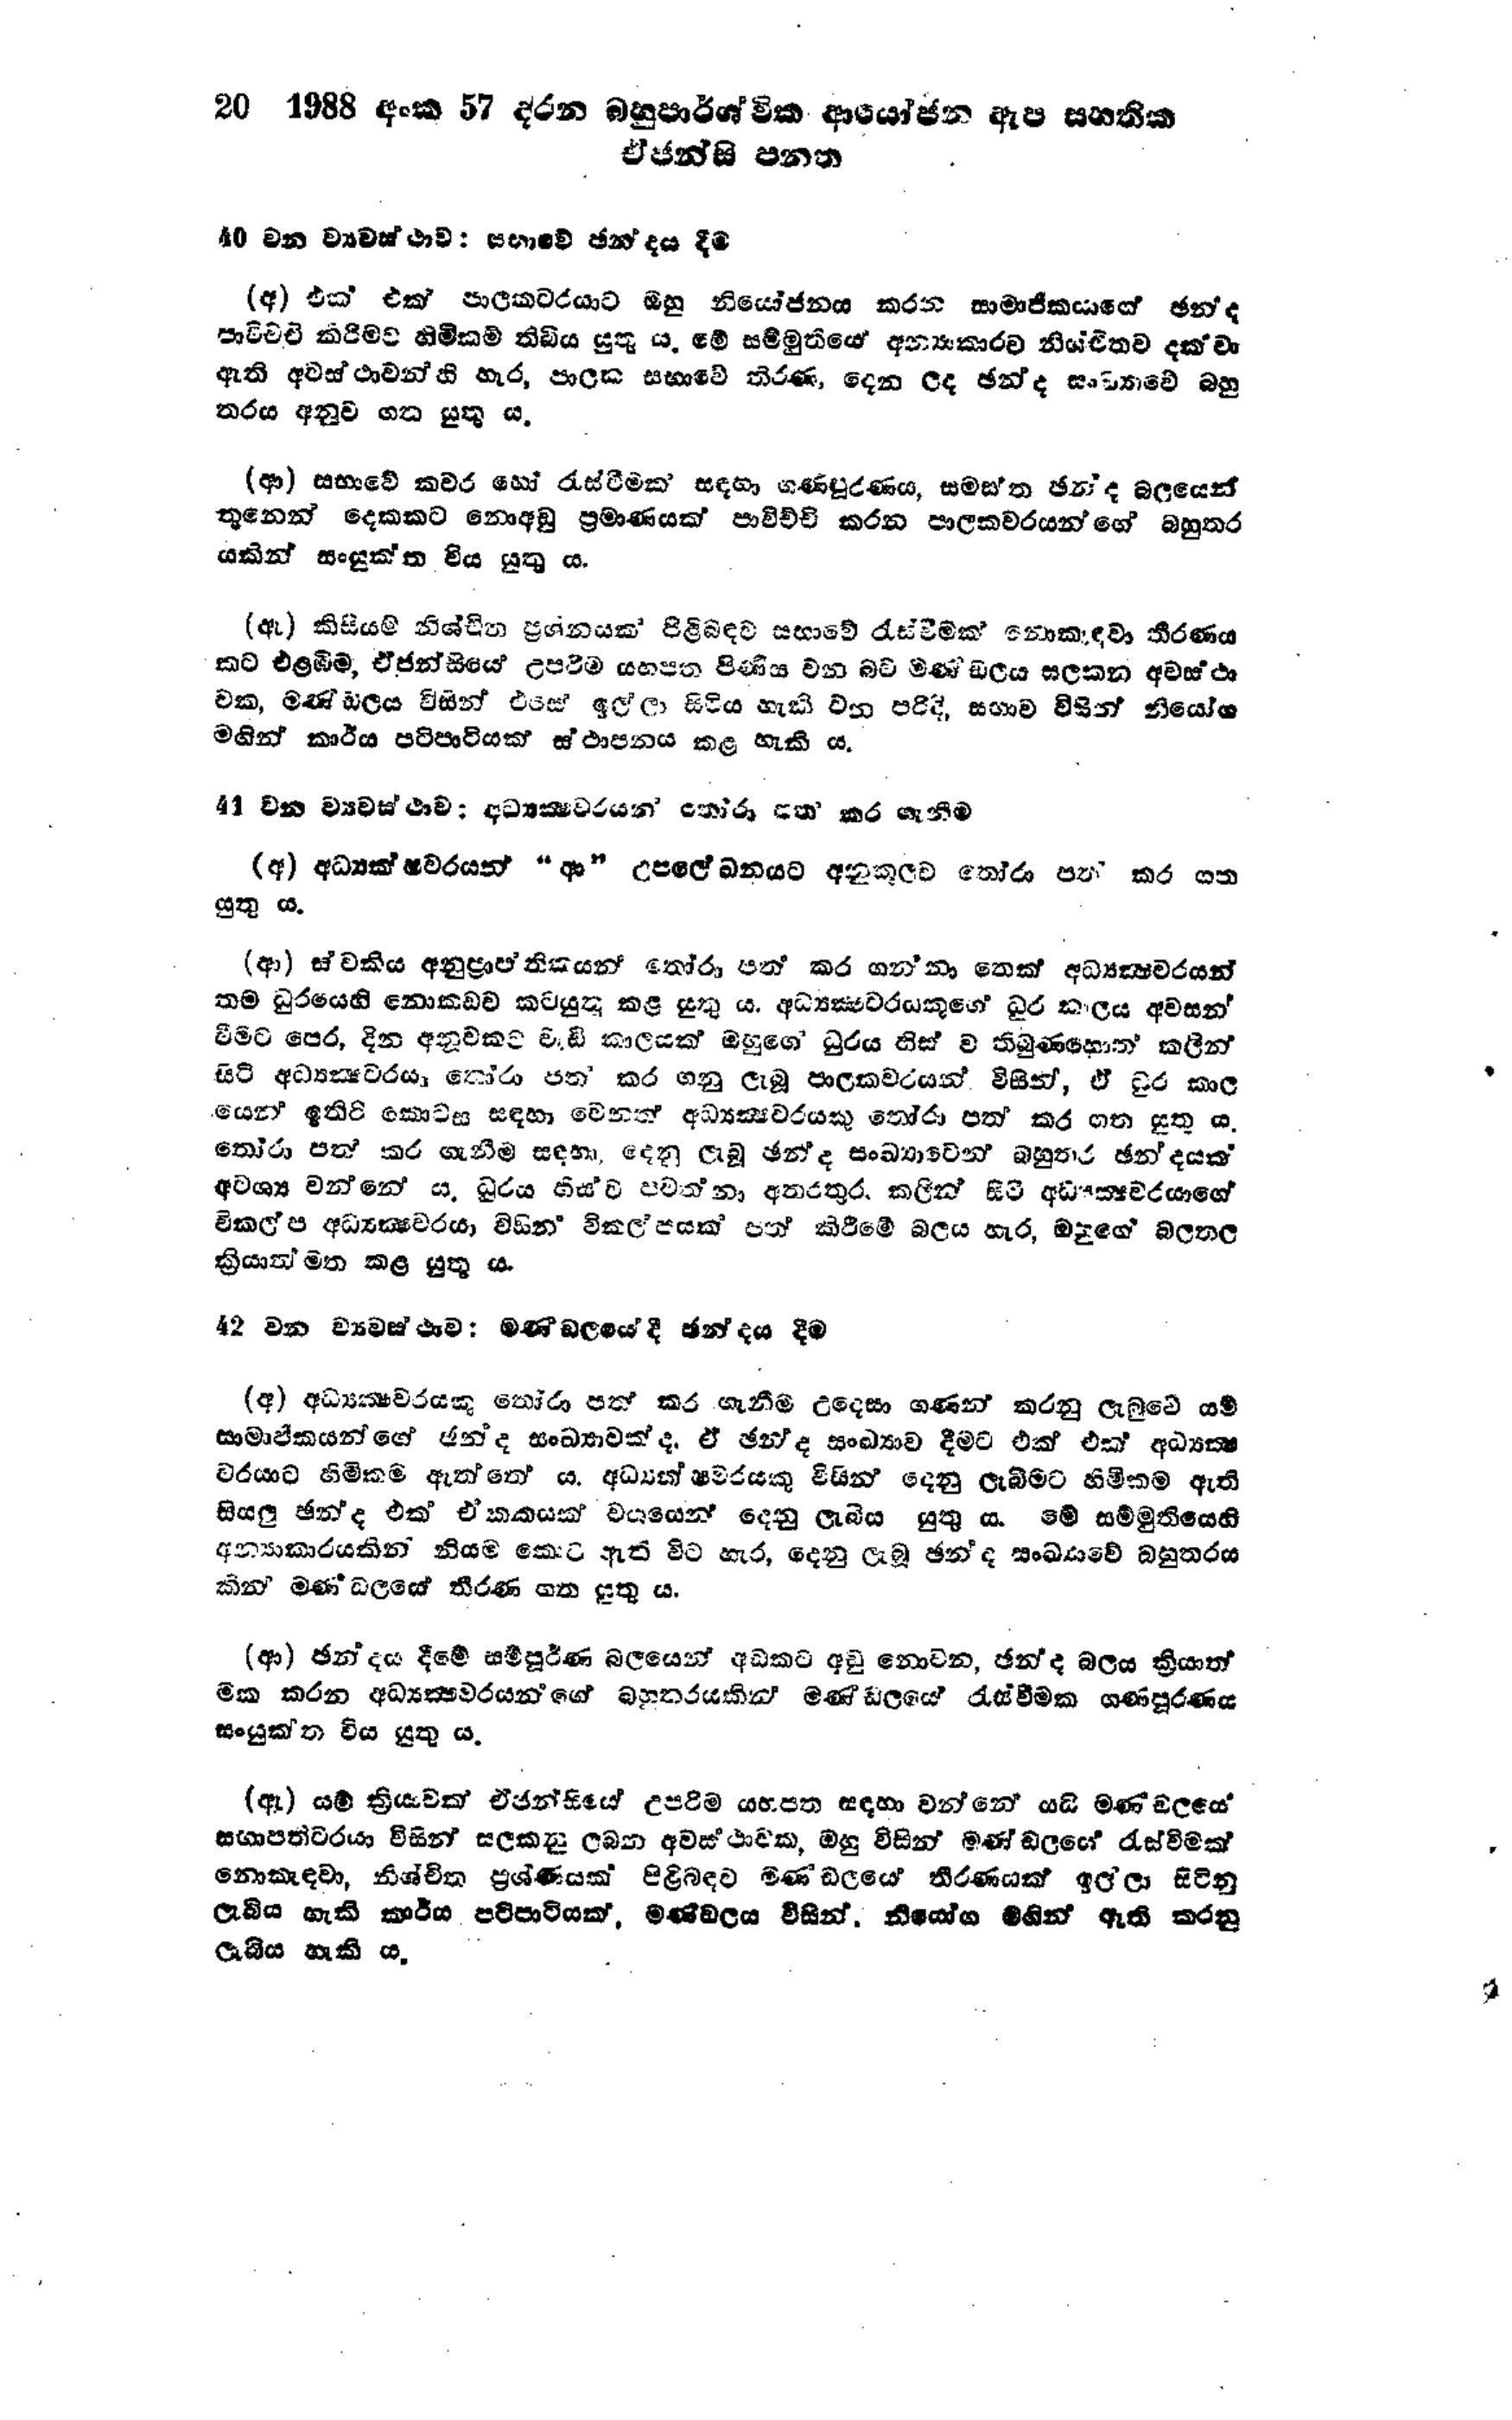
20 1988 අංක 57 දරන බහුපාර්ශ්වික ආයෝජන ඇප සහතික
ඒජන්සි පනත

40 වන ව්‍යවස්ථාව : සභාවේ ඡන්දය දීම

(අ) එක් එක් පාලකවරයාට ඔහු නියෝජනය කරන සාමාජිකයාගේ ඡන්ද
පාවිච්චි කිරීමට හිමිකම් තිබිය යුතු ය. මේ සම්මුතියේ අන්‍යකාරව නිශ්චිතව දක්වා
ඇති අවස්ථාවන්හි හැර, පාලක සභාවේ තීරණ, දෙන ලද ඡන්ද සංඛ්‍යාවේ බහු
තරය අනුව ගත යුතු ය.

(ආ) සභාවේ කවර හෝ රැස්වීමක් සඳහා ගණපූරණය, සමස්ත ඡන්ද බලයෙන්
තුනෙන් දෙකකට නොඅඩු ප්‍රමාණයක් පාවිච්චි කරන පාලකවරයන්ගේ බහුතර
යකින් සංයුක්ත විය යුතු ය.

(ඇ) කිසියම් නිශ්චිත ප්‍රශ්නයක පිළිබඳව සභාවේ රැස්වීමක නොකැඳවා තීරණය
කට එළඹීම, ඒජන්සියේ උපරිම යහපත පිණිස වන බව මණ්ඩලය සලකන අවස්ථා
වක, මණ්ඩලය විසින් එසේ ඉල්ලා සිටිය හැකි වන පරිදි, සභාව විසින් නියෝග
මගින් කාර්ය පටිපාටියක් ස්ථාපනය කළ හැකි ය.

41 වන ව්‍යවස්ථාව; අධ්‍යක්ෂවරයන් තෝරා පත් කර ගැනීම

(අ) අධ්‍යක්ෂවරයන්  "ආ" උපලේඛනයට අනුකූලව තෝරාපත් කරගත
යුතු ය.

(ආ) ස්වකිය අනුප්‍රාප්තිකයන් තෝරා පත් කර ගන්නා තෙක් අධ්‍යක්ෂවරයන්
තම ධුරයෙහි නොකඩව කටයුතු කළ යුතුය. අධ්‍යක්ෂවරයකුගේ ධූර කාලය අවසන‍්
වීමට පෙර, දින අනූවකට වැඩි කාලයක් ඔහුගේ ධුරය හිස් ව තිබුණහොත් කලින්
සිටි අධ්‍යක්ෂවරයා තෝරා පත් කර ගනු ලැබූ පාලකවරයන් විසින්, ඒ ධුර කාල
යෙන ඉතිරි කොටස සඳහා වෙනත් අධ්‍යක්ෂවරයකු තෝරා පත් කර ගත යුතු ය.
තෝරා පත් කර ගැනීම සඳහා, දෙනු ලැබූ ඡන්ද සංඛ්‍යාවෙන් බහුතර ඡන්දයක්
අවශ්‍ය වන්නේය, ධුරය හිස්ව පවත්නා අතරතුර කලින් සිටි අධීක්ෂවරයාගේ
විකල්ප අධ්‍යක්ෂවරයා විසින‍් විකල්පයක් පත් කිරීමේ බලය හැර, ඔහුගේ බලතල
ක්‍රියාත්මත කළ යුතු ය.

42 වන ව්‍යවස්ථාව:මණ්ඩලයේ දී ඡන්දය දීම

(අ) අධ්‍යක්ෂවරයකු තෝරා පත් කර ගැනීම උදෙසා ගණන් කරනු ලැබුවේ යම්
සාමාජිකයන්ගේ ඡන්ද සංඛ්‍යාවක් ද, ඒ ඡන්ද සංඛ්‍යාව දීමට එක් එක් අධ්‍යක්ෂ
වරයාට හිමිකම ඇත්තේය. අධ්‍යක්ෂවරයකු විසින් දෙනු ලැබීමට හිමිකම ඇති
සියලු ඡන්ද එක් ඒකකයක් වශයෙන් දෙනු ලැබීය යුතුය. මේ සම්මුතියෙහි
අන්‍යාකාරයකින් නියම කොට ඇති විට හැර, දෙනු ලැබූ ඡන්ද සංඛ්‍යාවේ බහුතරය
කින් මණ්ඩලයේ තීරණ ගත යුතු ය.

(ආ) ඡන්දය දීමේ සම්පුර්ණ බලයෙන් අඩකට අඩු නොවන, ඡන්ද බලය ක්‍රියාත්
මක කරන අධ්‍යක්ෂවරයන්ගේ බහුතරයකින් මණ්ඩලයේ රැස්වීමක ගණ පූරණය
සංයුක්ත විය යුතු ය.

(ඇ) යම් ක්‍රියාවක් ඒජන්සියේ උපරිම යහපත සඳහා වන්නේ යයි මණ්ඩලයේ
සභාපතිවරයා විසින් සලකනු ලබන අවස්ථාවක, ඔහු විසින් මණ්ඩලයේ රැස්වීමක්
නොකැඳවා, නිශ්චිත ප්‍රශ්ණයක් පිළිබඳව මණ්ඩලයේ තීරණයක් ඉල්ලා සිටිනු
ලැබිය හැකි කාර්ය පටිපාටියක්. මණ්ඩලය විසින්. නියෝග මගින් ඇති කරනු
ලැබිය හැකි ය.